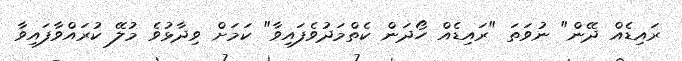
ރައިޑެއް ދޭން" ނުވަތަ "ރައިޑެއް ހޯދަން ކެތްމަދުވެފައިވާ" ކަމަށް ވިދާޅުވެ މުލޭ ކުރައްވާފައިވާ